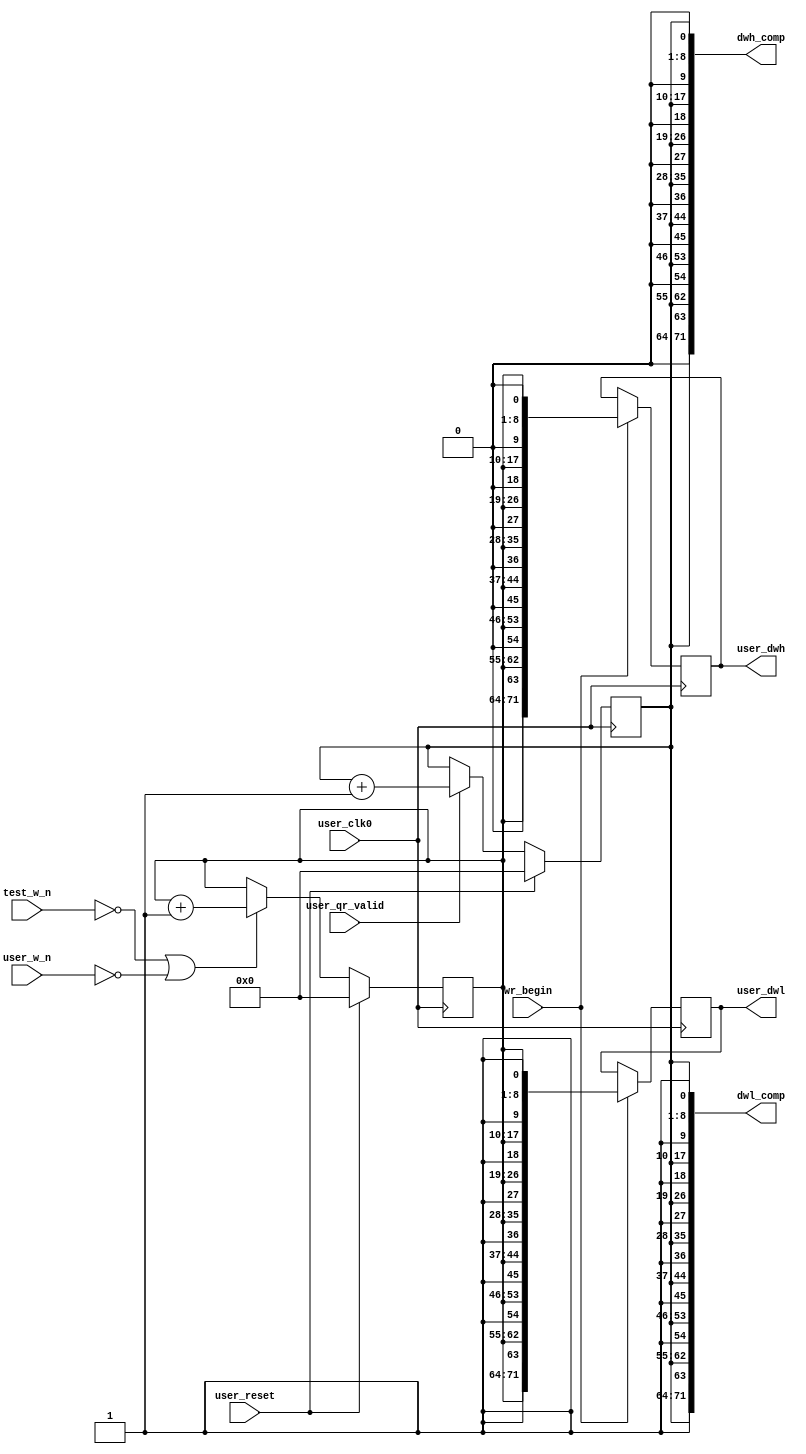
//*****************************************************************************
// DISCLAIMER OF LIABILITY
//
// This file contains proprietary and confidential information of
// Xilinx, Inc. ("Xilinx"), that is distributed under a license
// from Xilinx, and may be used, copied and/or disclosed only
// pursuant to the terms of a valid license agreement with Xilinx.
//
// XILINX IS PROVIDING THIS DESIGN, CODE, OR INFORMATION
// ("MATERIALS") "AS IS" WITHOUT WARRANTY OF ANY KIND, EITHER
// EXPRESSED, IMPLIED, OR STATUTORY, INCLUDING WITHOUT
// LIMITATION, ANY WARRANTY WITH RESPECT TO NONINFRINGEMENT,
// MERCHANTABILITY OR FITNESS FOR ANY PARTICULAR PURPOSE. Xilinx
// does not warrant that functions included in the Materials will
// meet the requirements of Licensee, or that the operation of the
// Materials will be uninterrupted or error-free, or that defects
// in the Materials will be corrected. Furthermore, Xilinx does
// not warrant or make any representations regarding use, or the
// results of the use, of the Materials in terms of correctness,
// accuracy, reliability or otherwise.
//
// Xilinx products are not designed or intended to be fail-safe,
// or for use in any application requiring fail-safe performance,
// such as life-support or safety devices or systems, Class III
// medical devices, nuclear facilities, applications related to
// the deployment of airbags, or any other applications that could
// lead to death, personal injury or severe property or
// environmental damage (individually and collectively, "critical
// applications"). Customer assumes the sole risk and liability
// of any use of Xilinx products in critical applications,
// subject only to applicable laws and regulations governing
// limitations on product liability.
//
// Copyright 2006, 2007, 2008 Xilinx, Inc.
// All rights reserved.
//
// This disclaimer and copyright notice must be retained as part
// of this file at all times.
//*****************************************************************************
//   ____  ____
//  /   /\/   /
// /___/  \  /    Vendor             : Xilinx
// \   \   \/     Version            : 3.6.1
//  \   \         Application        : MIG
//  /   /         Filename           : qdrii_test_data_gen.v
// /___/   /\     Timestamp          : 15 May 2006
// \   \  /  \    Date Last Modified : $Date: 2010/11/26 18:26:07 $
//  \___\/\___\
//
//Device: Virtex-5
//Design: QDRII
//
//Purpose:
//    This module
//       1. generates test write data for the memory interface.
//
//Revision History:
//
//*****************************************************************************


`timescale 1ns/1ps

module qdrii_test_data_gen #
  (
   // Following parameters are for 72-bit design (for ML561 Reference board
   // design). Actual values may be different. Actual parameters values are
   // passed from design top module controller module. Please refer to the
   // controller module for actual values.
   parameter BW_WIDTH   = 8,
   parameter DATA_WIDTH = 72
   )
  (
   input                       user_clk0,
   input                       user_reset,
   input                       user_w_n,
   input                       test_w_n,
   input                       user_qr_valid,
   input                       wr_begin,
   output reg [DATA_WIDTH-1:0] user_dwl,
   output reg [DATA_WIDTH-1:0] user_dwh,
   output [DATA_WIDTH-1:0]     dwl_comp,
   output [DATA_WIDTH-1:0]     dwh_comp
   );

   localparam PATTERN_A = 9'h1FF,
              PATTERN_B = 9'h000,
              PATTERN_C = 9'h155,
              PATTERN_D = 9'h0AA;

   reg [7:0] data_counter_wr;
   reg [7:0] data_counter_comp_l;

   always @ (posedge user_clk0)
     begin
        if(user_reset)
          data_counter_wr <= {8{1'b0}};
        else if (user_qr_valid)
          data_counter_wr <= data_counter_wr + 1;
     end

   assign dwl_comp = {BW_WIDTH{data_counter_wr, 1'b1}};
   assign dwh_comp = {BW_WIDTH{data_counter_wr, 1'b0}};

   always @ (posedge user_clk0)
     begin
        if(user_reset)
          data_counter_comp_l <= {8{1'b0}};
        else if  (~test_w_n | ~user_w_n)
          data_counter_comp_l <= data_counter_comp_l + 1;
     end

//   always @ (posedge user_clk0)
//     begin
//        if(user_reset) begin
//           user_dwl <= {DATA_WIDTH{1'b0}};
//           user_dwh <= {DATA_WIDTH{1'b0}};
//        end else if (wr_begin) begin
//           user_dwl <= {BW_WIDTH{data_counter_comp_l, 1'b1}};
//           user_dwh <= {BW_WIDTH{data_counter_comp_l, 1'b0}};
//        end
//     end

   always @ (posedge user_clk0)
     begin
        if (wr_begin) begin
           user_dwl <= {BW_WIDTH{data_counter_comp_l, 1'b1}};
           user_dwh <= {BW_WIDTH{data_counter_comp_l, 1'b0}};
        end
     end

endmodule